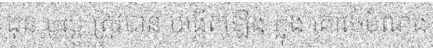
ដុន បូស្កូ ត្រូវបាន បង្កើតឡើង ក្នុង គោលបំណង